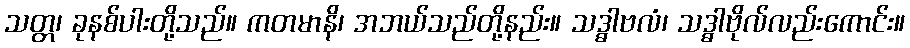
သတ္တ၊ ခုနစ်ပါးတို့သည်။ ကတမာနိ၊ အဘယ်သည်တို့နည်း။ သဒ္ဓါဗလံ၊ သဒ္ဓါဗိုလ်လည်းကောင်း။